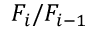
F _ { i } / F _ { i - 1 }